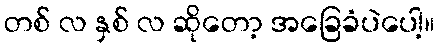
တစ် လ နှစ် လ ဆိုတော့ အခြေခံပဲပေါ့။